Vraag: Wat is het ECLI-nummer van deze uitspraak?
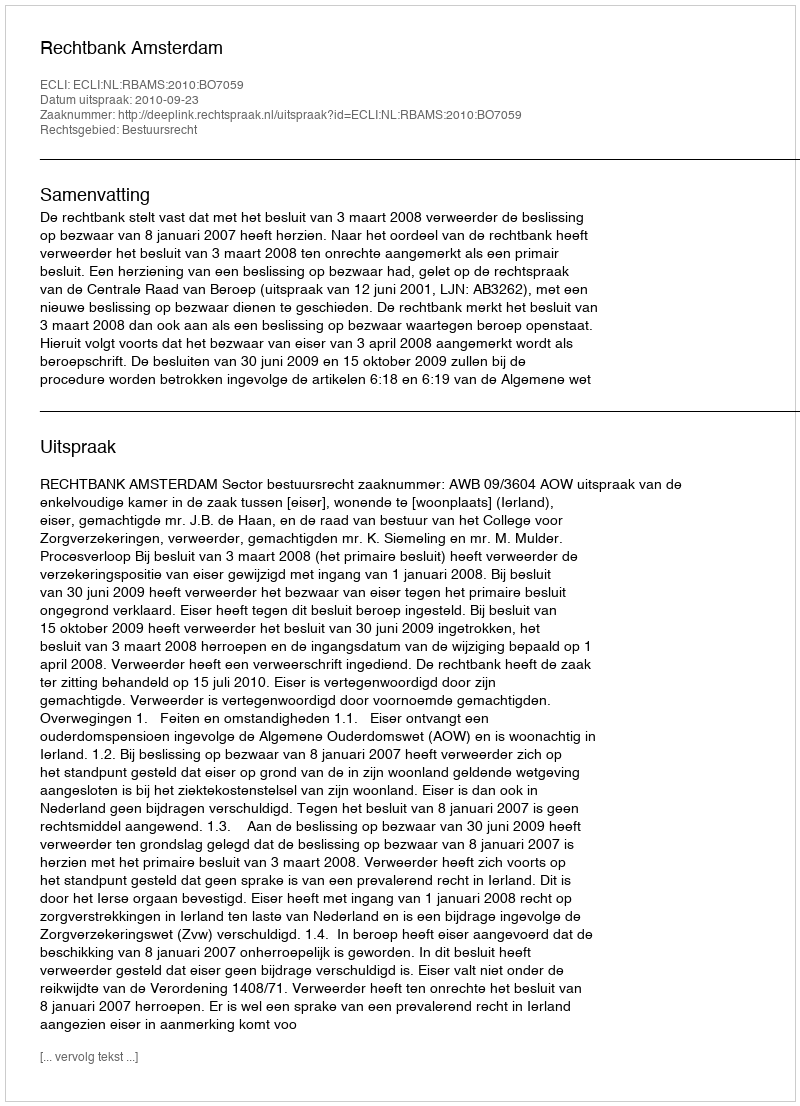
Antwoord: ECLI:NL:RBAMS:2010:BO7059